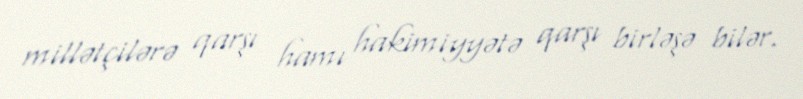
millətçilərə qarşı hamı hakimiyyətə qarşı birləşə bilər.